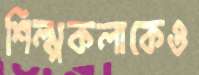
শিল্পকলাকেও